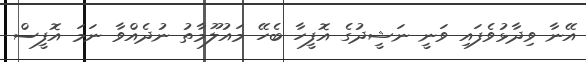
އޭނާ ވިދާޅުވެފައި ވަނީ ނަޝީދުގެ އޮފީހާ ބެހޭ މައުލޫމާތު ނުދެއްވާ ނަމަ އޮފީސް